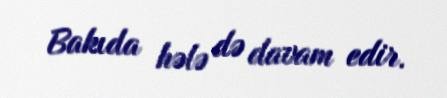
Bakıda hələ də davam edir.